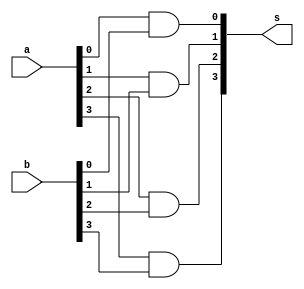
// ------------------------- 
// Exemplo0031 - F4 
// Nome: Marcio Santana Correa
// ------------------------- 

// -------------------------
//  f4_gate
// -------------------------
module fand4 (output [3:0] s, input  [3:0] a, input  [3:0] b);
	and AND1 (s[0], a[0], b[0]);
	and AND2 (s[1], a[1], b[1]);
	and AND3 (s[2], a[2], b[2]);
	and AND4 (s[3], a[3], b[3]);
endmodule // fand4

module for4 (output [3:0] s, input  [3:0] a, input  [3:0] b);
	or OR1 (s[0], a[0], b[0]);
	or OR2 (s[1], a[1], b[1]);
	or OR3 (s[2], a[2], b[2]);
	or OR4 (s[3], a[3], b[3]);
endmodule // for4

module test_f4;
// ------------------------- definir dados
   reg  [3:0] x;
	reg  [3:0] y;
	wire [3:0] w;
	wire [3:0] z;
	
	fand4 modulo1 (w, x, y);
	for4  modulo2 (z, x, y);
	
	initial begin: start
		x = 4'b0000; 
		y = 4'b0000;
	end
	
// ------------------------- parte principal
   initial begin
      $display("Exemplo0031 - Marcio Santana Correa - 345368");
      $display("Test LU's module");
      $monitor("a = %3b b = %3b and = %3b or = %3b",x,y,w,z); 
		#1 
		x = 4'b0000; y = 4'b0001;  
		#1 
		x = 4'b0001; y = 4'b0010;
		#1 
		x = 4'b0010; y = 4'b0011;
		#1 
		x = 4'b0011; y = 4'b0100;
		#1 
		x = 4'b0100; y = 4'b0101;
		#1 
		x = 4'b0101; y = 4'b0110;
		#1 
		x = 4'b0110; y = 4'b0111;
		#1 
		x = 4'b0111; y = 4'b1000;
		#1 
		x = 4'b1000; y = 4'b1001;
		#1 
		x = 4'b1001; y = 4'b1010;
		#1 
		x = 4'b1010; y = 4'b1011;
		#1 
		x = 4'b1011; y = 4'b1100;
		#1 
		x = 4'b1100; y = 4'b1101;
		#1 
		x = 4'b1101; y = 4'b1110;
		#1 
		x = 4'b1110; y = 4'b1111;
		#1 
		x = 4'b1111; y = 4'b0000;
   end
endmodule // test_f4

/*
    Exemplo0031a - Marcio Santana Correa 345368
    Test LU's module
    a = 0000 b = 0000 and = 0000 or = 0000
    a = 0000 b = 0001 and = 0000 or = 0001
    a = 0001 b = 0010 and = 0000 or = 0011
    a = 0010 b = 0011 and = 0010 or = 0011
    a = 0011 b = 0100 and = 0000 or = 0111
    a = 0100 b = 0101 and = 0100 or = 0101
    a = 0101 b = 0110 and = 0100 or = 0111
    a = 0110 b = 0111 and = 0110 or = 0111
    a = 0111 b = 1000 and = 0000 or = 1111
    a = 1000 b = 1001 and = 1000 or = 1001
    a = 1001 b = 1010 and = 1000 or = 1011
    a = 1010 b = 1011 and = 1010 or = 1011
    a = 1011 b = 1100 and = 1000 or = 1111
    a = 1100 b = 1101 and = 1100 or = 1101
    a = 1101 b = 1110 and = 1100 or = 1111
    a = 1110 b = 1111 and = 1110 or = 1111
    a = 1111 b = 0000 and = 0000 or = 1111
*/